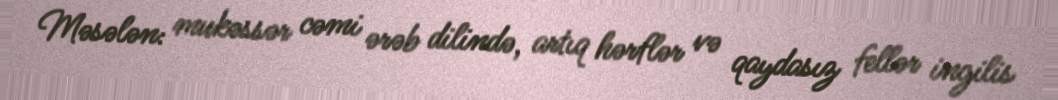
Məsələn: mukəssər cəmi ərəb dilində, artıq hərflər və qaydasız fellər ingilis